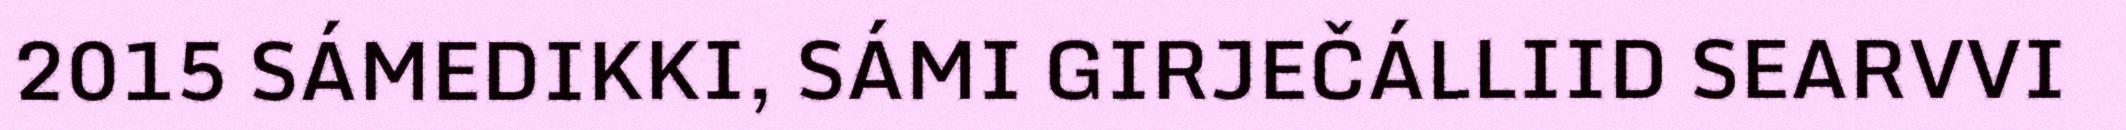
2015 SÁMEDIKKI, SÁMI GIRJEČÁLLIID SEARVVI